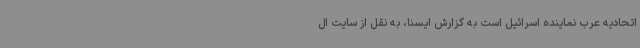
اتحادیه عرب نماینده اسرائیل است به گزارش ایسنا، به نقل از سایت ال